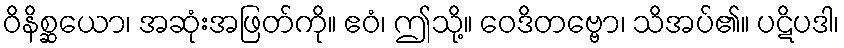
ဝိနိစ္ဆယော၊ အဆုံးအဖြတ်ကို။ ဧဝံ၊ ဤသို့။ ဝေဒိတဗ္ဗော၊ သိအပ်၏။ ပဋိပဒါ၊